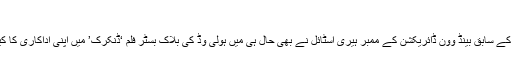
’
واضح رہے کہ زین کے سابق بینڈ وون ڈائریکشن کے ممبر ہیری اسٹائل نے بھی حال ہی میں ہولی وڈ کی بلاک بسٹر فلم ‘ڈنکرک’ میں اپنی اداکاری کا کیریئر شروع کیا ہے۔